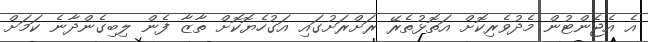
އެ އެޖެންޓުން މެދުވެރިކޮށް އަތޮޅުތެރޭ ރަށްރަށުގައި އަގުހެޔޮކޮށް ތާޒާ ފެން ލިބިގެންދާނެ ކަމަށް